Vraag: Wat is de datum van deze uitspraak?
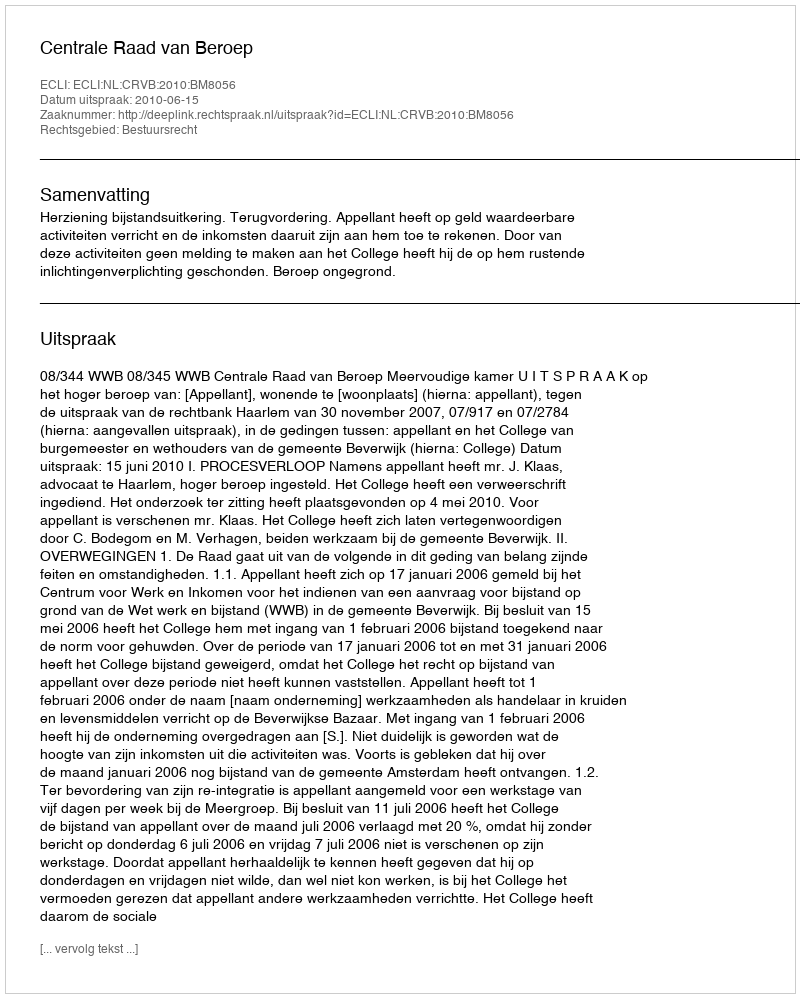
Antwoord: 2010-06-15